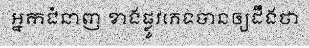
អ្នកជំនាញ ខាងផ្លូវភេទបានឲ្យដឹងថា